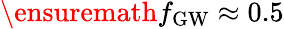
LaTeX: \ensuremath{f_{\mathrm{GW}}}\approx 0.5